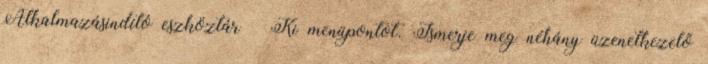
Alkalmazásindító eszköztár → Ki menüpontot. Ismerje meg néhány üzenetkezelő